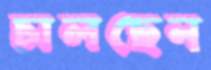
চালছেন